Civil Veterinary Department. Madras. Admin. report 1910-25 - 1910-1925
Year: 1910
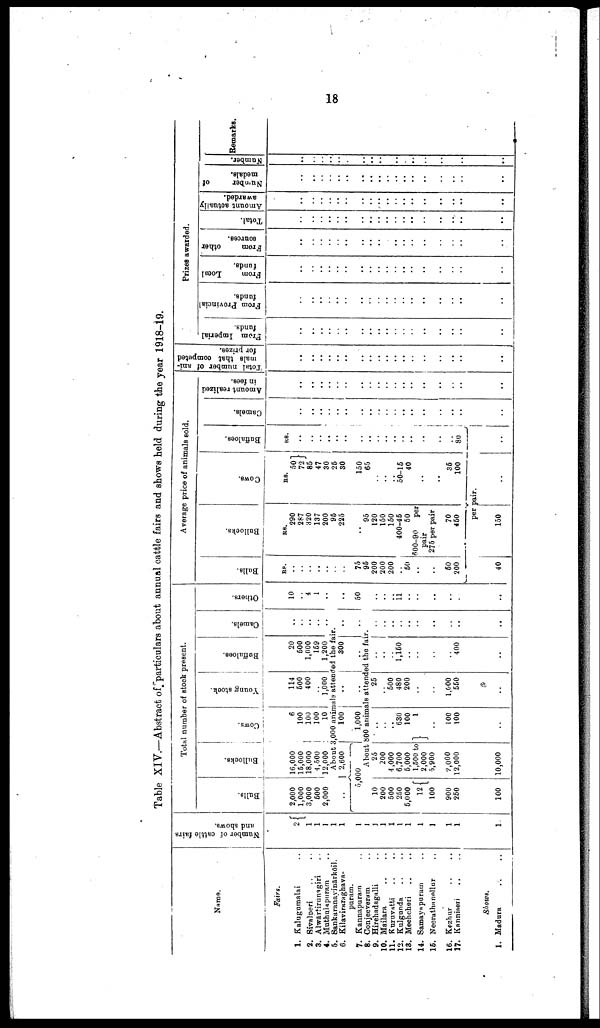
18
Table XIV.—Abstract of particulars about annual cattle fairs and shows held during the year 1918-19.
Name.
Fairs.
1. Kalugumalai ..
2. Sivalperi .. ..
3. Alwārtirunagiri ..
4. Muthulapuram ..
5. Sankaranavinārkoil.
6. Kilaviraraghava-
puram.
7. Kannapuram ..
8. Conjeeveram ..
9. Hirehadagalli ..
10. Mailara .. ..
11. Kuruvatti .. ..
12. Kulgunda .. ..
13. Mechcheri .. ..
14. Samayapuram ..
15. Neerathanellur ..
16. Kezhur .. ..
17. Kanniseri .. ..
Shows.
1. Madura
Number of cattle fairs
and shows.
2
1
1
1
1
1
1
I
J
1
1
1
1
1
1
1
1
1
Total number of stock present.
Bulls.
2,000
1,000
3,000
500
2,000
Bullocks.
16,000
15,000
18,000
4,500
12,000
Cows.
6
100
100
100
10
Young stock.
114
500
400
1,000
Buffaloes.
i
20
500
1,000
159
1,200
Camels.
..
About 3,000 animals attended the fair.
2,600
;3,000
10
200
500
250
5,000
12
100
900
250
100
100
1,000
I
300 ..
About 800 animals attended the fair.
25
200
4,000
6,700
5,000
1,500 to
2,000
5,900
2,000
12,000
10,000
..
..
..
630
100
1
..
100
100
..
25
..
500
480
200
..
..
1,000
550
..
..
..
..
1,150
..
..
..
..
400
..
..
..
..
..
..
..
..
..
..
.. ..
Others.
10
4
1
..
50
..
..
11
..
..
..
..
..
..
Average price of animals sold.
Bulls.
RS.
.
..
75
95
200
200
200
50
..
..
50
200
40
Bullocks.
RS.
290
287
820
137
200
95
225
95
120
150
150
400-45
50
600-90 per
pair
275 per pair
70
450
Cows.
RS.
501
72
85
47
30
25
30
150
65
..
..
..
50-15
40
..
..
35
100
per pair.
150 ..
Buffaloes.
RS.
..
..
..
..
..
..
..
..
..
..
..
..
..
..
..
80
..
Camels.
..
..
..
..
..
..
..
..
..
..
..
..
..
..
..
..
..
Amount realized
in fees.
..
..
..
..
..
..
..
..
..
..
..
..
..
..
..
..
..
Total number of ani
mals that competed
for prizes.
..
..
..
..
..
..
..
..
..
..
..
..
..
..
..
..
..
Prizes awarded.
Prom Imperial
funds.
..
..
..
..
..
..
..
..
..
..
..
..
..
..
..
..
..
From Provincial
funds.
..
..
..
..
..
..
..
..
..
..
..
..
..
..
..
..
..
From
Local
funds.
..
..
..
..
..
..
..
..
..
..
..
..
..
..
..
..
..
From
other
sources.
..
..
..
..
..
..
..
..
..
..
..
..
..
..
..
..
..
Total.
..
..
..
..
..
..
..
..
..
..
..
..
..
..
..
..
..
Amount actually
awarded.
..
..
..
..
..
..
..
..
..
..
..
..
..
..
..
..
..
Number
of
medals.
..
..
..
..
..
..
..
..
..
..
..
..
..
..
..
..
..
Number.
..
..
..
..
..
..
..
..
..
..
..
..
..
..
..
..
..
Remarks.